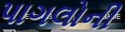
પાગલોની